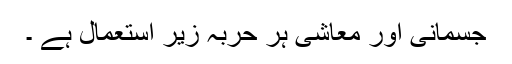
جسمانی اور معاشی ہر حربہ زیر استعمال ہے ۔